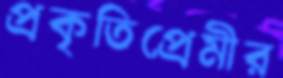
প্রকৃতিপ্রেমীর